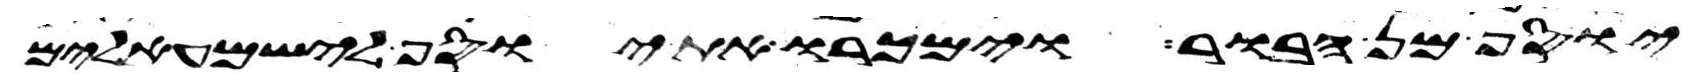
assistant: יוסף מן הבור וימכרו את יוסף לישמעאלים